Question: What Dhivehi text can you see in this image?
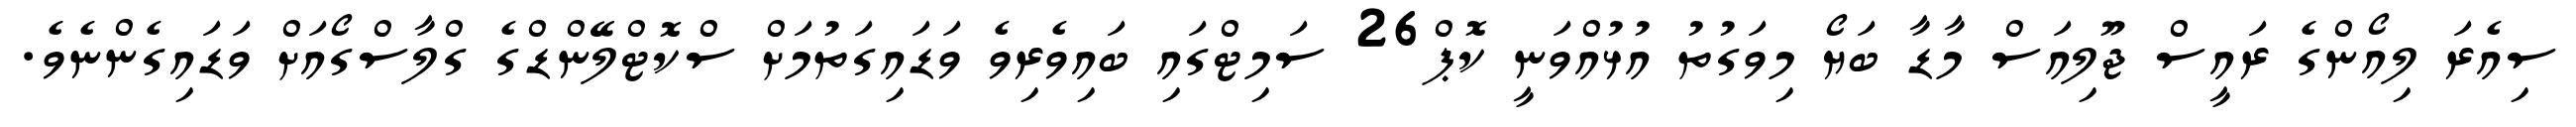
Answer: ސިއެރަ ލިއޯންގެ ރައީސް ޖޫލިއަސް މާޑާ ބަޔޯ މިވަގުތު އުޅުއްވަނީ ކޮޕް26 ސަމިޓްގައި ބައިވެރިވެ ވަޑައިގަތުމަށް ސްކޮޓްލޭންޑްގެ ގްލާސްގޯއަށް ވަޑައިގެންނެވެ.